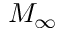
M _ { \infty }